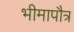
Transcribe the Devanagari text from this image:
भीमापौत्र